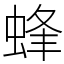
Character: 蜂